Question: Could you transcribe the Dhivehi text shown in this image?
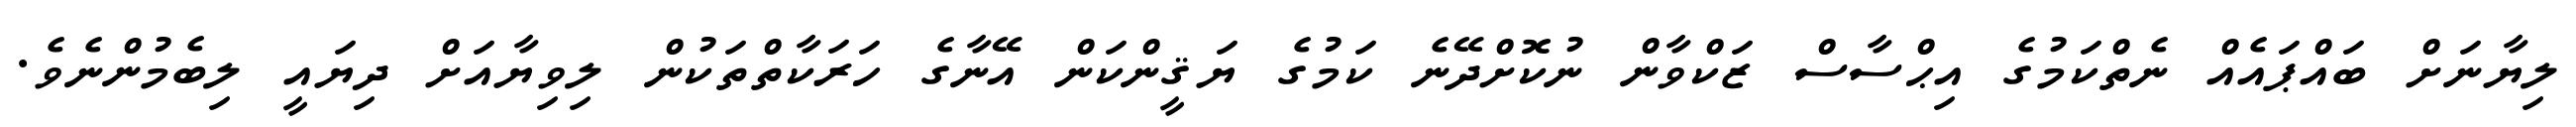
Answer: ލިޔާނަށް ބައްޕައެއް ނެތްކަމުގެ އިޙްސާސް ޒަކްވާން ނުކޮށްދޭނެ ކަމުގެ ޔަޤީންކަން އޭނާގެ ހަރަކާތްތަކުން ލިވިޔާއަށް ދިޔައީ ލިބެމުންނެވެ.